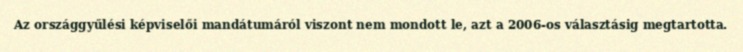
Az országgyűlési képviselői mandátumáról viszont nem mondott le, azt a 2006-os választásig megtartotta.